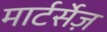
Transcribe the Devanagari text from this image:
मार्टर्सेज़